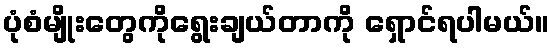
ပုံစံမျိုးတွေကိုရွေးချယ်တာကို ရှောင်ရပါမယ်။